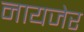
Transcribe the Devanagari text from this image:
नायजेर